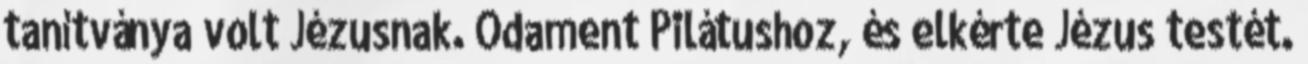
tanítványa volt Jézusnak. Odament Pilátushoz, és elkérte Jézus testét.